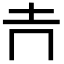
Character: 𡉅